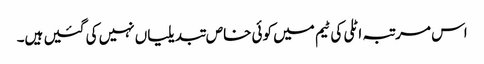
اس مرتبہ اٹلی کی ٹیم میں کوئی خاص تبدیلیاں نہیں کی گئیں ہیں۔